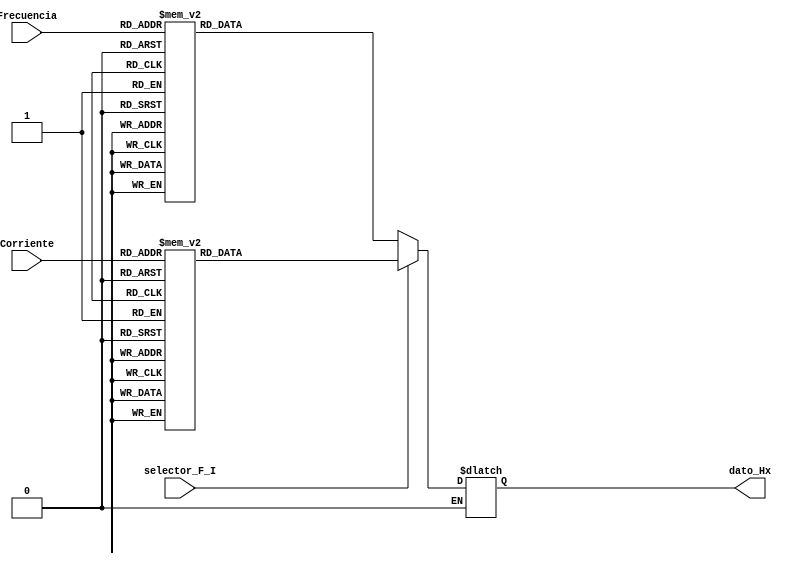
`timescale 1ns / 1ps

module Decodificador_F_I(  //en este bloque se decodifica el dato como frecuencia a corriente para poder mostrarlo en los displays
    input [4:0] Corriente, //recibe la cuenta del contador de corriente 
    input [2:0] Frecuencia, //recibe la cuenta del contador de frecuencia
    input selector_F_I,//0->Frec, 1->corriente
    output reg [15:0] dato_Hx//Bits necesarios para usar 4 displays

    );
always  @*
begin
if (selector_F_I==0)//si se selecciona frecuencia 
	begin
	case(Frecuencia)        //se decodifica el numero del contador con el valor correspondiente de frecuencia 
		0: dato_Hx =15'h0025; //25kHz
		1: dato_Hx =15'h0050; //50kHz
		2: dato_Hx =15'h0075; //75kHz
		3: dato_Hx =15'h0100; //100kHz
		4: dato_Hx =15'h0125; //125kHz
		5: dato_Hx =15'h0150; //150kHz
		6: dato_Hx =15'h0175; //175kHz
		7: dato_Hx =15'h0200; //200kHz
	endcase
	end
	
else if (selector_F_I==1)//si se selecciona frecuencia 
	begin
	case(Corriente) //se decodifica el numero del contador con el valor correspondiente de corriente
		0: dato_Hx =15'h0000;
		1: dato_Hx =15'h0031;
		2: dato_Hx =15'h0062;
		3: dato_Hx =15'h0094;
		4: dato_Hx =15'h0125;					//el numero corresponde con la acantidad de amperes de corriente
		5: dato_Hx =15'h0156;
		6: dato_Hx =15'h0187;
		7: dato_Hx =15'h0219;
		8: dato_Hx =15'h0250;
		9: dato_Hx =15'h0281;
		10: dato_Hx =15'h0312;
		11: dato_Hx =15'h0344;
		12: dato_Hx =15'h0375;
		13: dato_Hx =15'h0406;
		14: dato_Hx =15'h0437;
		15: dato_Hx =15'h0469;
		16: dato_Hx =15'h0500;
		17: dato_Hx =15'h0531;
		18: dato_Hx =15'h0562;
		19: dato_Hx =15'h0594;
		20: dato_Hx =15'h0625;
		21: dato_Hx =15'h0656;
		22: dato_Hx =15'h0687;
		23: dato_Hx =15'h0719;
		24: dato_Hx =15'h0750;
		25: dato_Hx =15'h0781;
		26: dato_Hx =15'h0812;
		27: dato_Hx =15'h0844;
		28: dato_Hx =15'h0875;
		29: dato_Hx =15'h0906;
		30: dato_Hx =15'h0937;
		31: dato_Hx =15'h0969;	
	endcase
	end
end

endmodule